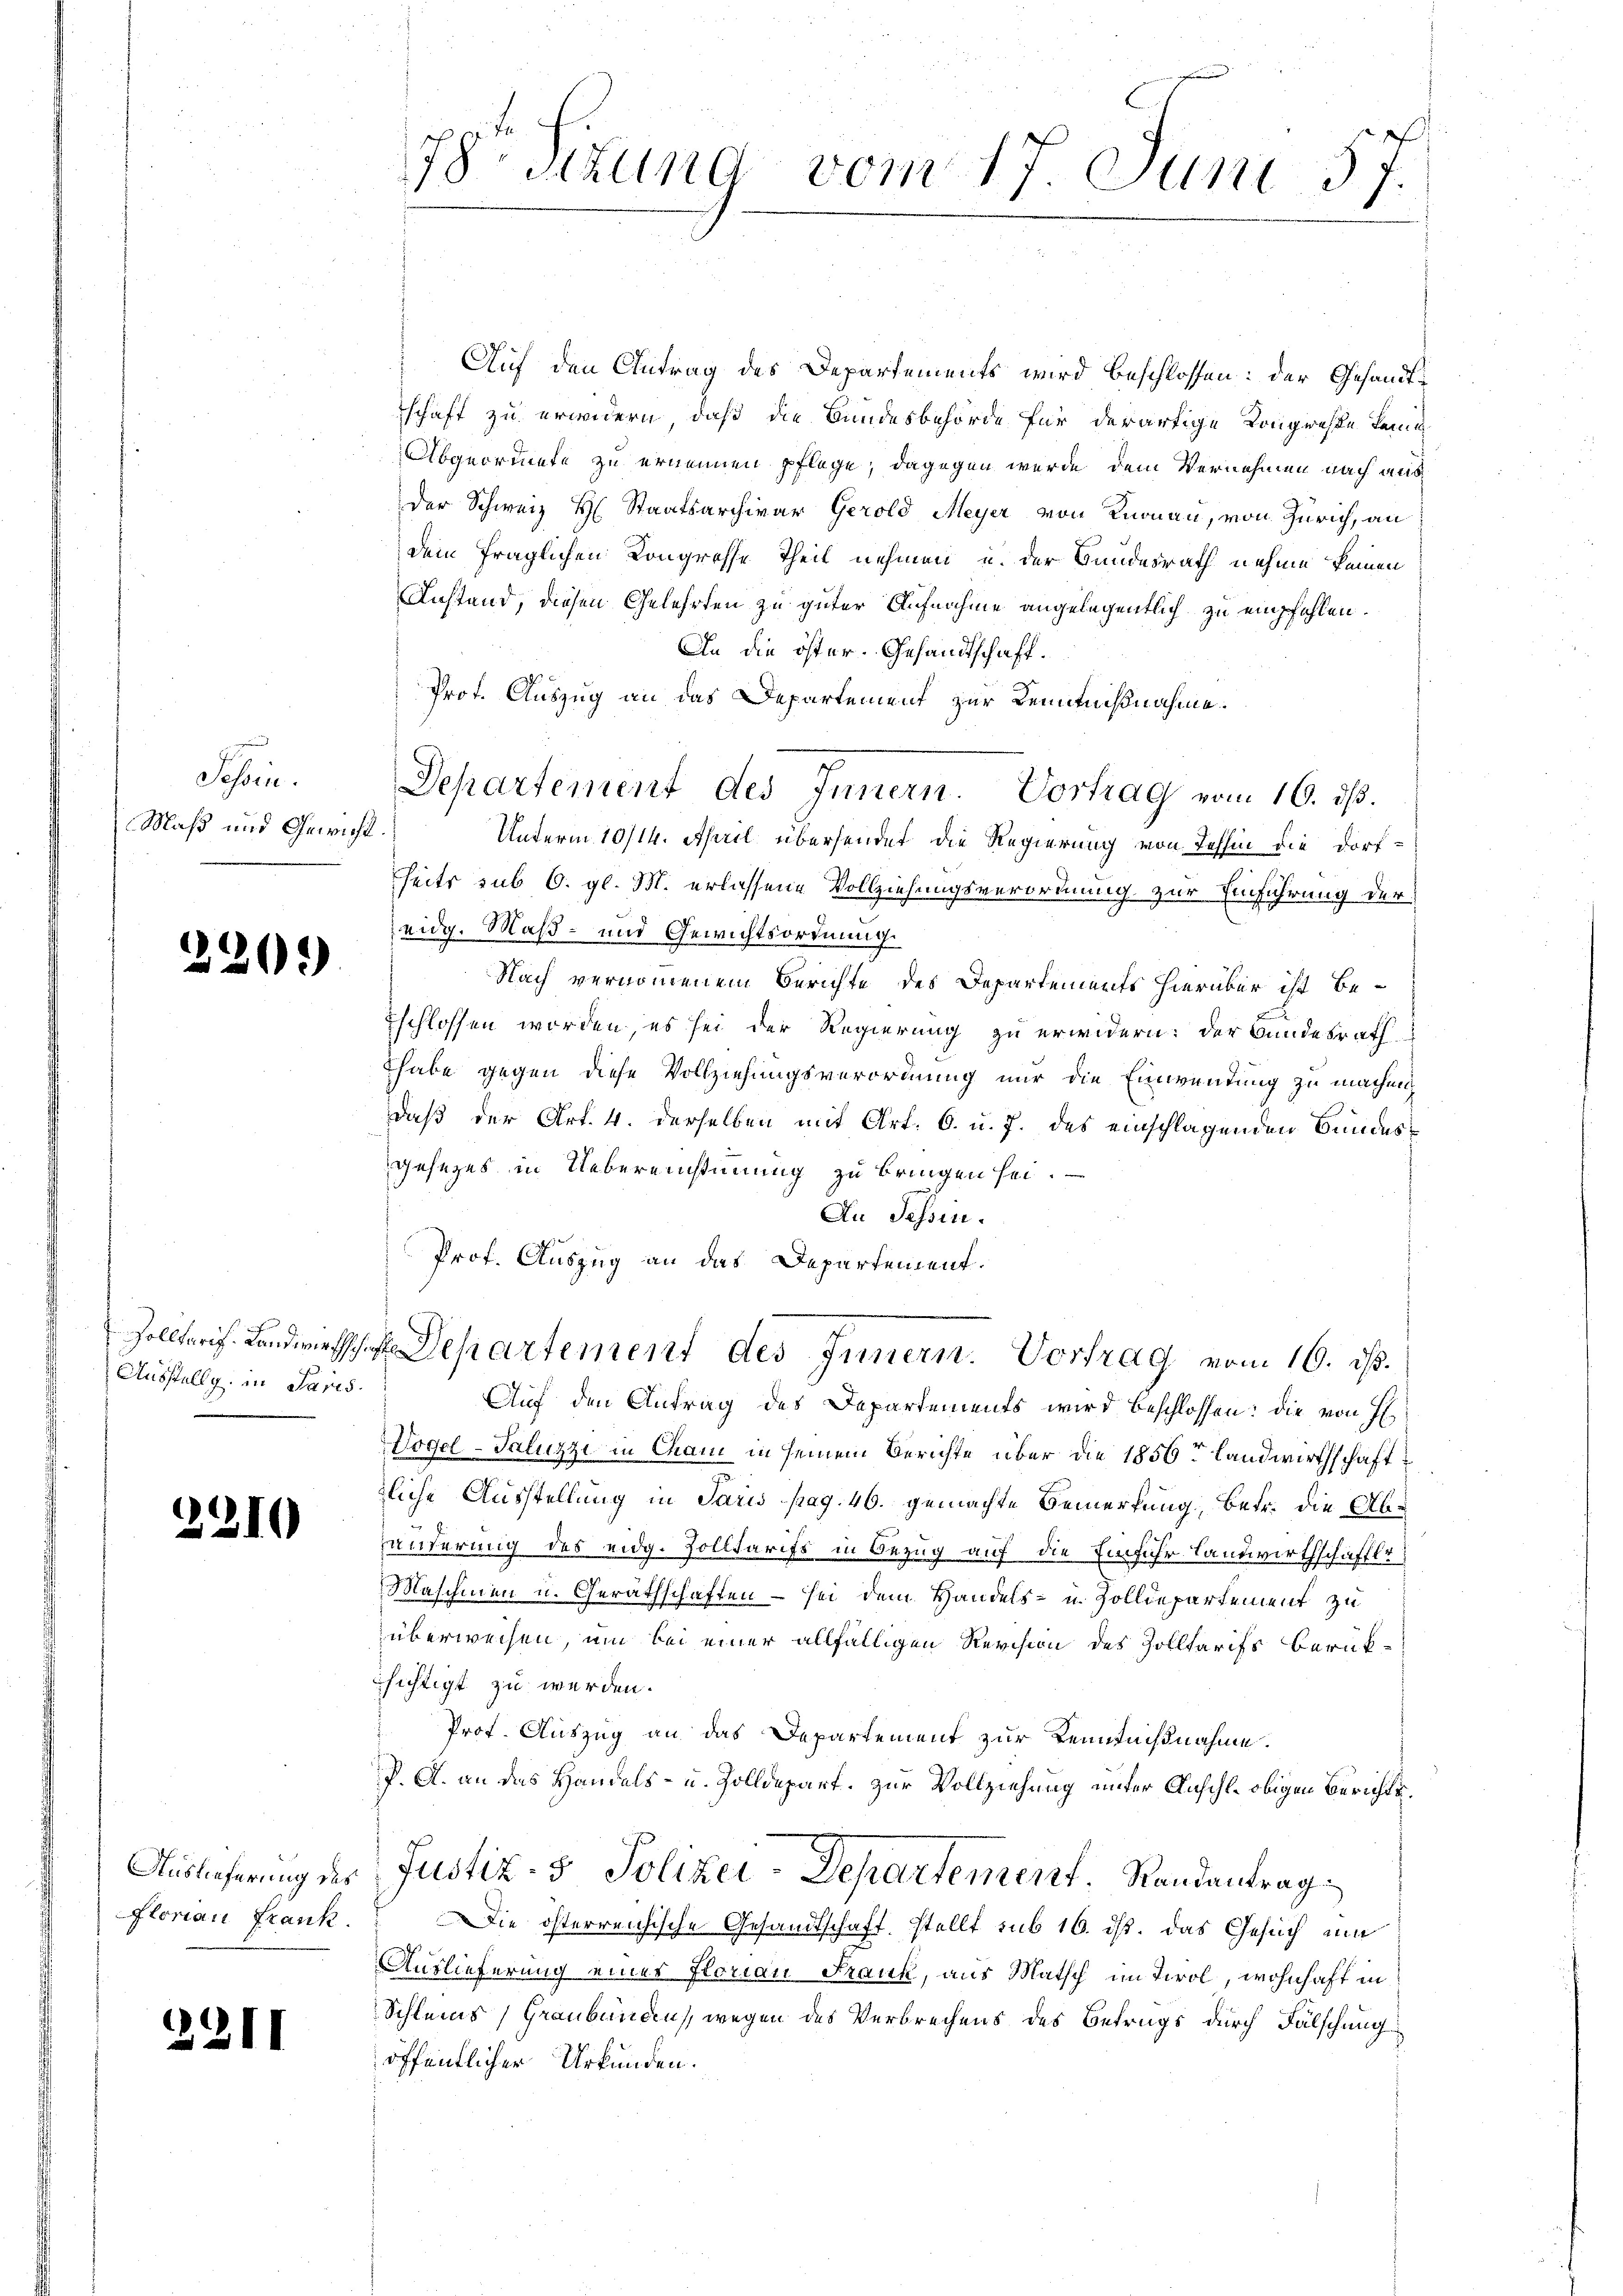
Schen.
Maß und Gewicht.

220.

Zolltaris. Landwirthsch
Ausstellg. in Paris.

2310

Auslieferung des
Flonau Frank.

2211

78 Sitzung
vom 17. Juni 57.

Auf den Antrag des Departements wird beschlossen: der Gesandtschaft zu erwidern, daß die Bundesbehörde für derartige Kongresse keine
Abgeordnete zu ernennen pflege, dagegen wurde dem Vernehmen nach aus
der Schweiz H. Staatsarchivar Gerold Meyer von Knonau, von Zürich, an
dem fraglichen Kongrosse Theil nehmen und der Bundesrath nehme keinen
Anstand, diesen Gelehrten zu guter Aufnahme angelegentlich zu empfohlen.
An die öster. Gesandtschaft.
Prof. Auszug an das Departement zur Kenntnißnahme.
Unterm 10/14. April übersendet die Regierung von Tessin die Dorf-
seits sub 6. gl. M. erlassene Vollziehungsverordnung zur Einführung der
eidg. Maß- und Gewichtsordnung.
Nach vernommenem Berichte des Departements hierüber ist beschlossen worden, es sei der Regierung zu erwidern: der Bundesrath
Thabe gegen diese Vollziehungsverordnung nur die Einwendung zu machen,
daß der Art. 4. derselben mit Art. 6. u. 7. des einschlagenden Bundesgesetzes in Uebereinstimmung zu bringen sei.
An Tessin.
Prof. Auszug an das Departement.
Departement des Innern. Vortrag vom 16. ds.
Auf den Antrag des Departements wird beschlossen: die von H
Vogel-Saluzzi in Cham in seinem Berichte über die 1856te Landwirthschaft
zliche Ausstellung in Paris pag. 46. gemachte Bemerkung, betr. die Abänderung des eidg. Zolltarifs in Bezug auf die Einfuhr Landwirthschaftli
Maschinen u. Geräthschaften – sei dem Handels- u. Zolldepartement zu
überweisen, um bei einer allfälligen Revision des Zolltarifs Berük-
chichtigt zu werden.
Prof. Auszug an das Departement zur Kenntnißnahme.
P. A. an das Handels- u. Zolldepart. zur Vollziehung unter Anschle obigen Berichts¬
Justiz- & Polizei-Departement Randantrag
Die österreichische Gesandtschaft, stellt sub 16. ist. Das Gesuch um
Auslieferung eines Floriau Frank, aus Match im Tirol, wohnhaft in
Schleins, Graubünden, wegen des Verbrechens des Betrugs durch Fälschung
öffentlicher Urkunden.

Departement des Innern. Vortrag vom 16. ds.